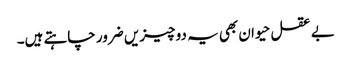
بے عقل حیوان بھی یہ دو چیزیں ضرور چاہتے ہیں۔